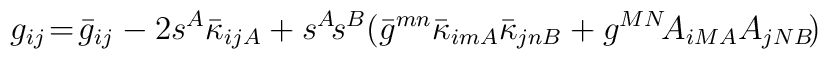
g_{ij}\! =\! \bar{g}_{ij} -2s^{A}\bar{\kappa}_{ijA}+s^{A}\!s^{B}(\bar{g}^{mn}\bar{\kappa}_{imA}\bar{\kappa}_{jnB} + g^{MN}\! A_{iMA}A_{jNB}\!)